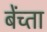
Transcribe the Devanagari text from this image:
बेंच्ता